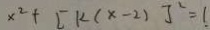
x ^ { 2 } + [ k ( x - 2 ) ] ^ { 2 } = 1 .